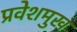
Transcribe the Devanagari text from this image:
प्रवेशमुख